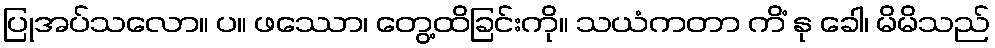
ပြုအပ်သလော။ ပ။ ဖဿော၊ တွေ့ထိခြင်းကို။ သယံကတာ ကိံ နု ခေါ၊ မိမိသည်